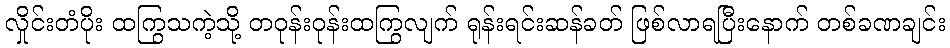
လှိုင်းတံပိုး ထကြွသကဲ့သို့ တဝုန်းဝုန်းထကြွလျက် ရုန်းရင်းဆန်ခတ် ဖြစ်လာရပြီးနောက် တစ်ခဏချင်း